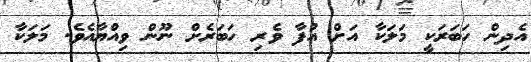
އެދިން ހަބަރަކީ މަލަކާ އަށް އުފާ ވެރި ހަބަރެށް ނޫން ވިއްޔާއެވެ. މަލަކާ